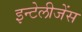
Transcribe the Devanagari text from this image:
इन्टेलीजेंस